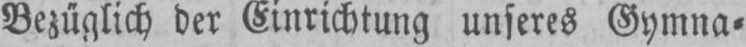
Bezüglich der Einrichtung unseres Gymna⸗